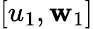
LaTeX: [u_{1},\mathbf{w}_{1}]